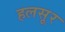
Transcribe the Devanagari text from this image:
हलसूर